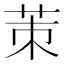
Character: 茦